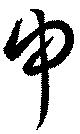
申